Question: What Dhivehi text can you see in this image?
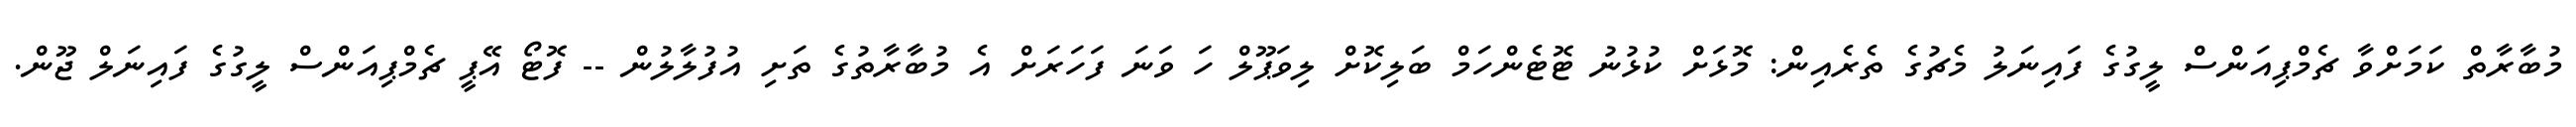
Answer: މުބާރާތް ކަމަށްވާ ޗެމްޕިއަންސް ލީގުގެ ފައިނަލު މެޗުގެ ތެރެއިން: މޮޅަށް ކުޅުނު ޓޮޓެންހަމް ބަލިކޮށް ލިވަޕޫލް ހަ ވަނަ ފަހަރަށް އެ މުބާރާތުގެ ތަށި އުފުލާލުން -- ފޮޓޯ އޭޕީ ޗެމްޕިއަންސް ލީގުގެ ފައިނަލް ޖޫން.